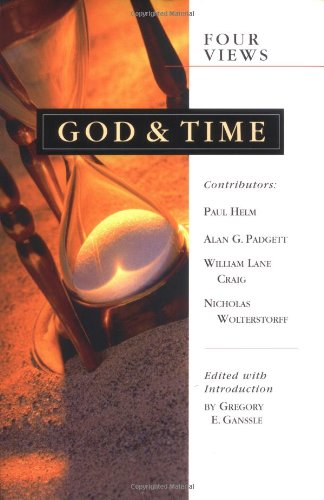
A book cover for God  Time: Four Views; Christian Books & Bibles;